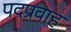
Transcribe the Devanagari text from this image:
पदप्रवाह